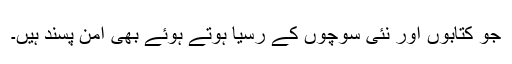
جو کتابوں اور نئی سوچوں کے رسیا ہوتے ہوئے بھی امن پسند ہیں۔